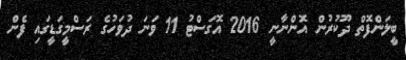
ބީލަންފޮތް ދޫކުރުން އޮންނާނީ 2016 އޮގަސްޓު 11 ވަނަ ދުވަހުގެ ރަސްމީގަޑީގައި ފެން